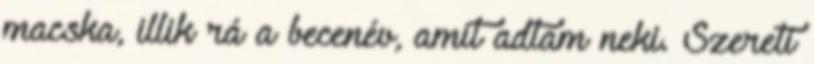
macska, illik rá a becenév, amit adtam neki. Szereti